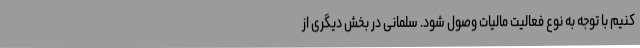
کنیم با توجه به نوع فعالیت مالیات وصول شود. سلمانی در بخش دیگری از